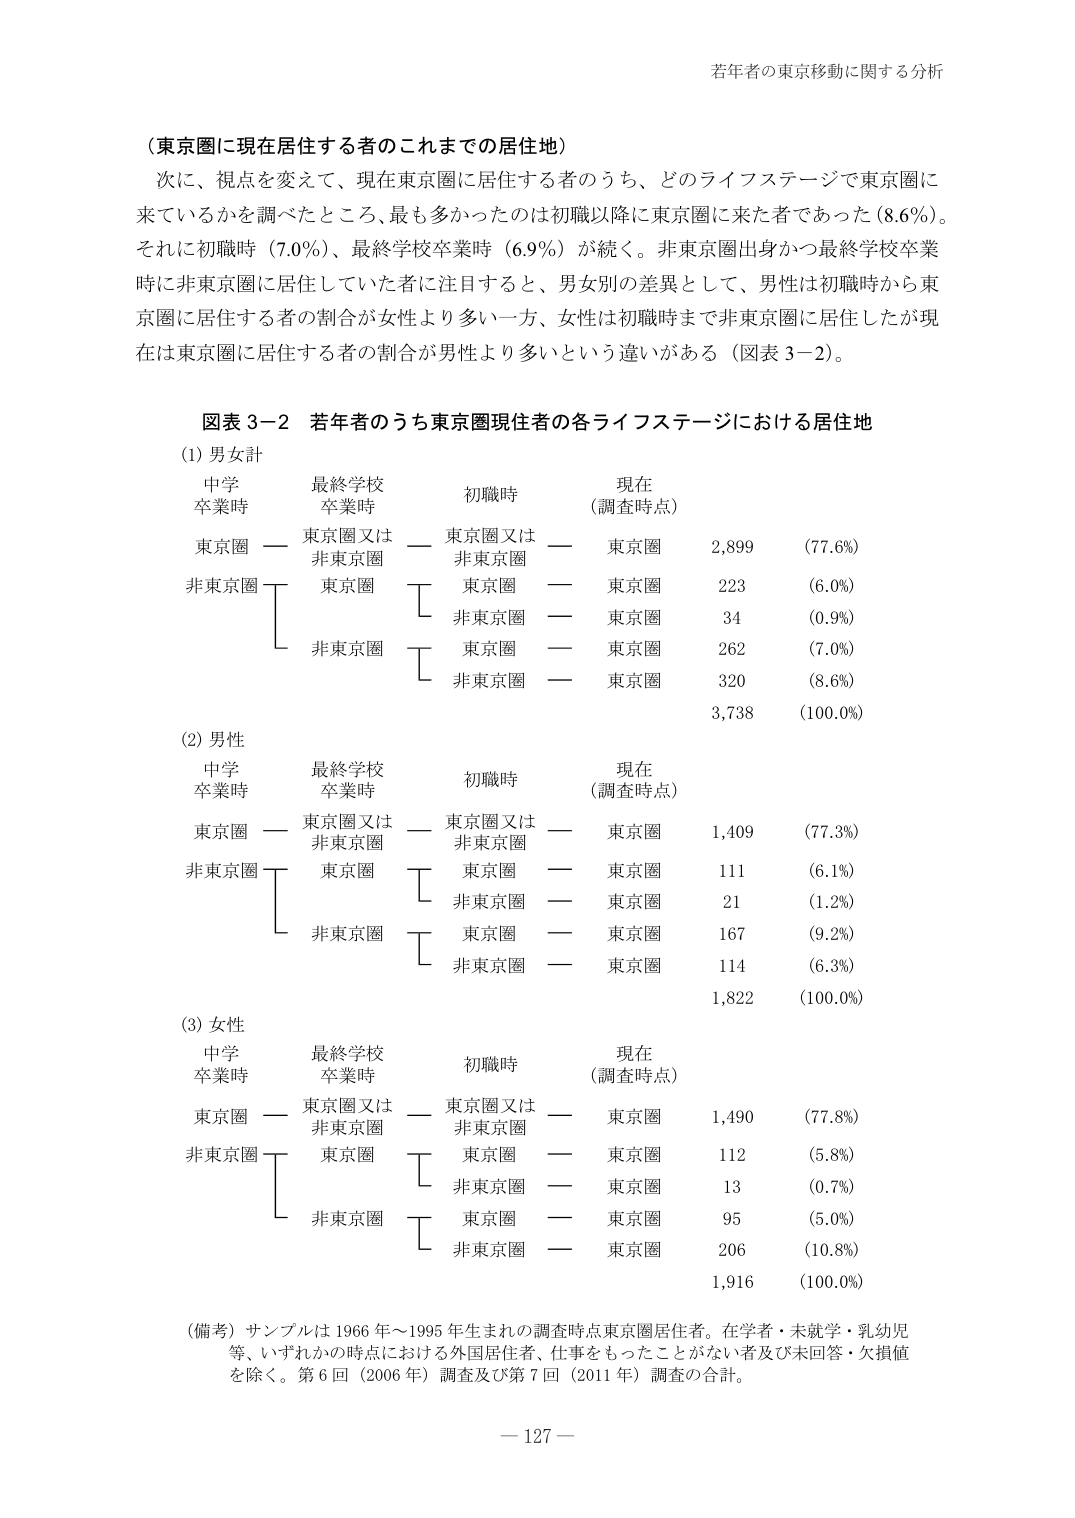
若年者の東京移動に関する分析

（東京圏に現在居住する者のこれまでの居住地）
次に、視点を変えて、現在東京圏に居住する者のうち、どのライフステージで東京圏に
来ているかを調べたところ、最も多かったのは初職以降に東京圏に来た者であった（8.6%）。
それに初職時（7.0%）、最終学校卒業時（6.9%）が続く。非東京圏出身かつ最終学校卒業
時に非東京圏に居住していた者に注目すると、男女別の差異として、男性は初職時から東
京圏に居住する者の割合が女性より多い一方、女性は初職時まで非東京圏に居住したが現
在は東京圏に居住する者の割合が男性より多いという違いがある（図表 3－2）。

図表 3－2　若年者のうち東京圏現住者の各ライフステージにおける居住地

(1) 男女計
中学　　　　最終学校　　　　初職時　　　　現在
卒業時　　　卒業時　　　　　　　　　　（調査時点）
東京圏　　—　東京圏又は　　—　東京圏又は　　—　東京圏　　2,899　（77.6%）
　　　　　　　非東京圏　　　　　非東京圏
非東京圏　　T　東京圏　　T　東京圏　　—　東京圏　　223　（6.0%）
　　　　　　L　　　　　　L　非東京圏　　—　東京圏　　34　（0.9%）
　　　　　　　非東京圏　　T　東京圏　　—　東京圏　　262　（7.0%）
　　　　　　　　　　　　　L　非東京圏　　—　東京圏　　320　（8.6%）
　　　　　　　　　　　　　　　　　　　　　　　　　　3,738　（100.0%）

(2) 男性
中学　　　　最終学校　　　　初職時　　　　現在
卒業時　　　卒業時　　　　　　　　　　（調査時点）
東京圏　　—　東京圏又は　　—　東京圏又は　　—　東京圏　　1,409　（77.3%）
　　　　　　　非東京圏　　　　　非東京圏
非東京圏　　T　東京圏　　T　東京圏　　—　東京圏　　111　（6.1%）
　　　　　　L　　　　　　L　非東京圏　　—　東京圏　　21　（1.2%）
　　　　　　　非東京圏　　T　東京圏　　—　東京圏　　167　（9.2%）
　　　　　　　　　　　　　L　非東京圏　　—　東京圏　　114　（6.3%）
　　　　　　　　　　　　　　　　　　　　　　　　　　1,822　（100.0%）

(3) 女性
中学　　　　最終学校　　　　初職時　　　　現在
卒業時　　　卒業時　　　　　　　　　　（調査時点）
東京圏　　—　東京圏又は　　—　東京圏又は　　—　東京圏　　1,490　（77.8%）
　　　　　　　非東京圏　　　　　非東京圏
非東京圏　　T　東京圏　　T　東京圏　　—　東京圏　　112　（5.8%）
　　　　　　L　　　　　　L　非東京圏　　—　東京圏　　13　（0.7%）
　　　　　　　非東京圏　　T　東京圏　　—　東京圏　　95　（5.0%）
　　　　　　　　　　　　　L　非東京圏　　—　東京圏　　206　（10.8%）
　　　　　　　　　　　　　　　　　　　　　　　　　　1,916　（100.0%）

（備考）サンプルは 1966 年～1995 年生まれの調査時点東京圏居住者。在学者・未就学・乳幼児
等、いずれかの時点における外国居住者、仕事をもったことがない者及び未回答・欠損値
を除く。第 6 回（2006 年）調査及び第 7 回（2011 年）調査の合計。

— 127 —